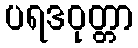
ပရဒဝုတ္တာ